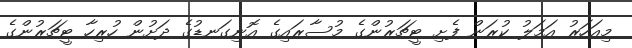
މިއަހަރު އަމަލު ކުރަން ފެށި ޓީޗަރުންގެ މުސާރައިގެ އޮނިގަނޑުގެ ދަށުން ހުރިހާ ޓީޗަރުންގެ